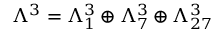
\Lambda ^ { 3 } = \Lambda _ { 1 } ^ { 3 } \oplus \Lambda _ { 7 } ^ { 3 } \oplus \Lambda _ { 2 7 } ^ { 3 }